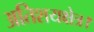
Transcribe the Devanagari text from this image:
अतिशयक्षेत्र।